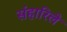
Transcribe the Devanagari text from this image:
संहारिले